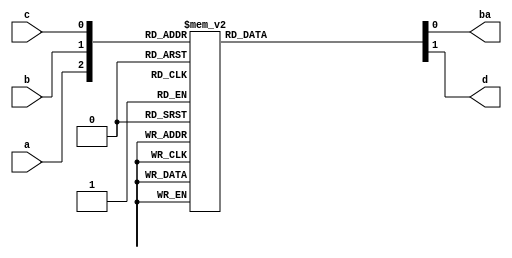
`timescale 1ns / 1ps
//////////////////////////////////////////////////////////////////////////////////

// ID     : N180116
//Branch  : ECE
//Project : RTL design using Verilog
//Design  :Full substractor using Behavioral model
//Module  :Main Module
//RGUKT NUZVID 
//////////////////////////////////////////////////////////////////////////////////

module FS_BL(a,b,c,ba,d);
input a,b,c;
output reg ba,d;

always @(a,b,c) begin
      //ba=((~a)&b)|(b&c)|((~a)&c);
      //d=a^b^c;
case({a,b,c})
3'b000:begin ba=0; d=0; end
3'b001:begin ba=1; d=1; end
3'b010:begin ba=1; d=1; end
3'b011:begin ba=1; d=0; end
3'b100:begin ba=0; d=1; end
3'b101:begin ba=0; d=0; end
3'b110:begin ba=0; d=0; end
3'b111:begin ba=1; d=1; end
endcase
end
endmodule